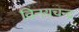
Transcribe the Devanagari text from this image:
विनयचन्द्र